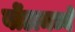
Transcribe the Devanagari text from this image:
बोंडामध्ये